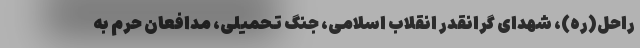
راحل(ره)، شهدای گرانقدر انقلاب اسلامی، جنگ تحمیلی، مدافعان حرم به